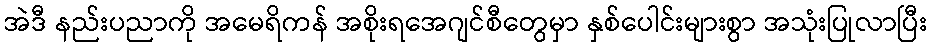
အဲဒီ နည်းပညာကို အမေရိကန် အစိုးရအေဂျင်စီတွေမှာ နှစ်ပေါင်းများစွာ အသုံးပြုလာပြီး